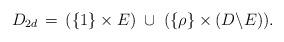
LaTeX: \begin{align*}D_{2d} \,=\, (\{1\}\times E)\; \cup\; (\{\rho\}\times (D\backslash E)).\end{align*}